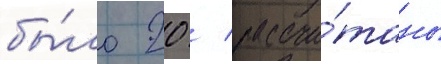
бы́ло 20 / рассчи́таны